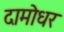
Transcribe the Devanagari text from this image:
दामोधर